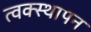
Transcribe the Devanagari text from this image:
त्वक्स्थापन